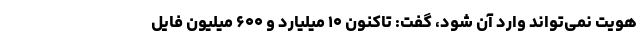
هویت نمی‌تواند وارد آن شود، گفت: تاکنون ۱۰ میلیارد و ۶۰۰ میلیون فایل